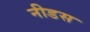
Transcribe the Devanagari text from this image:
नीडस